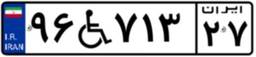
۹۶W۷۱۳۲۷